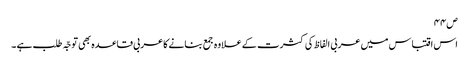
ص۴۴
اس اقتباس میں عربی الفاظ کی کثرت کے علاوہ جمع بنانے کاعربی قاعدہ بھی توجّہ طلب ہے ۔